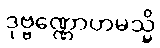
ဒုဗ္ဗဏ္ဏောဟမသ္မိ